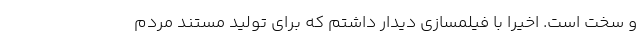
و سخت است. اخیرا با فیلمسازی دیدار داشتم که برای تولید مستند مردم